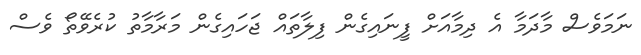
ނަމަވެސް މާދަމާ އެ ދިމާއަށް ފީނަައިގެން ފިލާތައް ޖަހައިގެން މަރާމާތު ކުރެވޭތޯ ވެސް